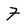
Character: 7